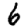
Digit: 6